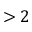
> 2